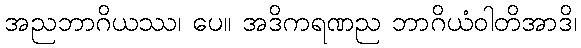
အညဘာဂိယဿ၊ ပေ။ အဒိကရဏည ဘာဂိယံဝါတိအာဒိ၊